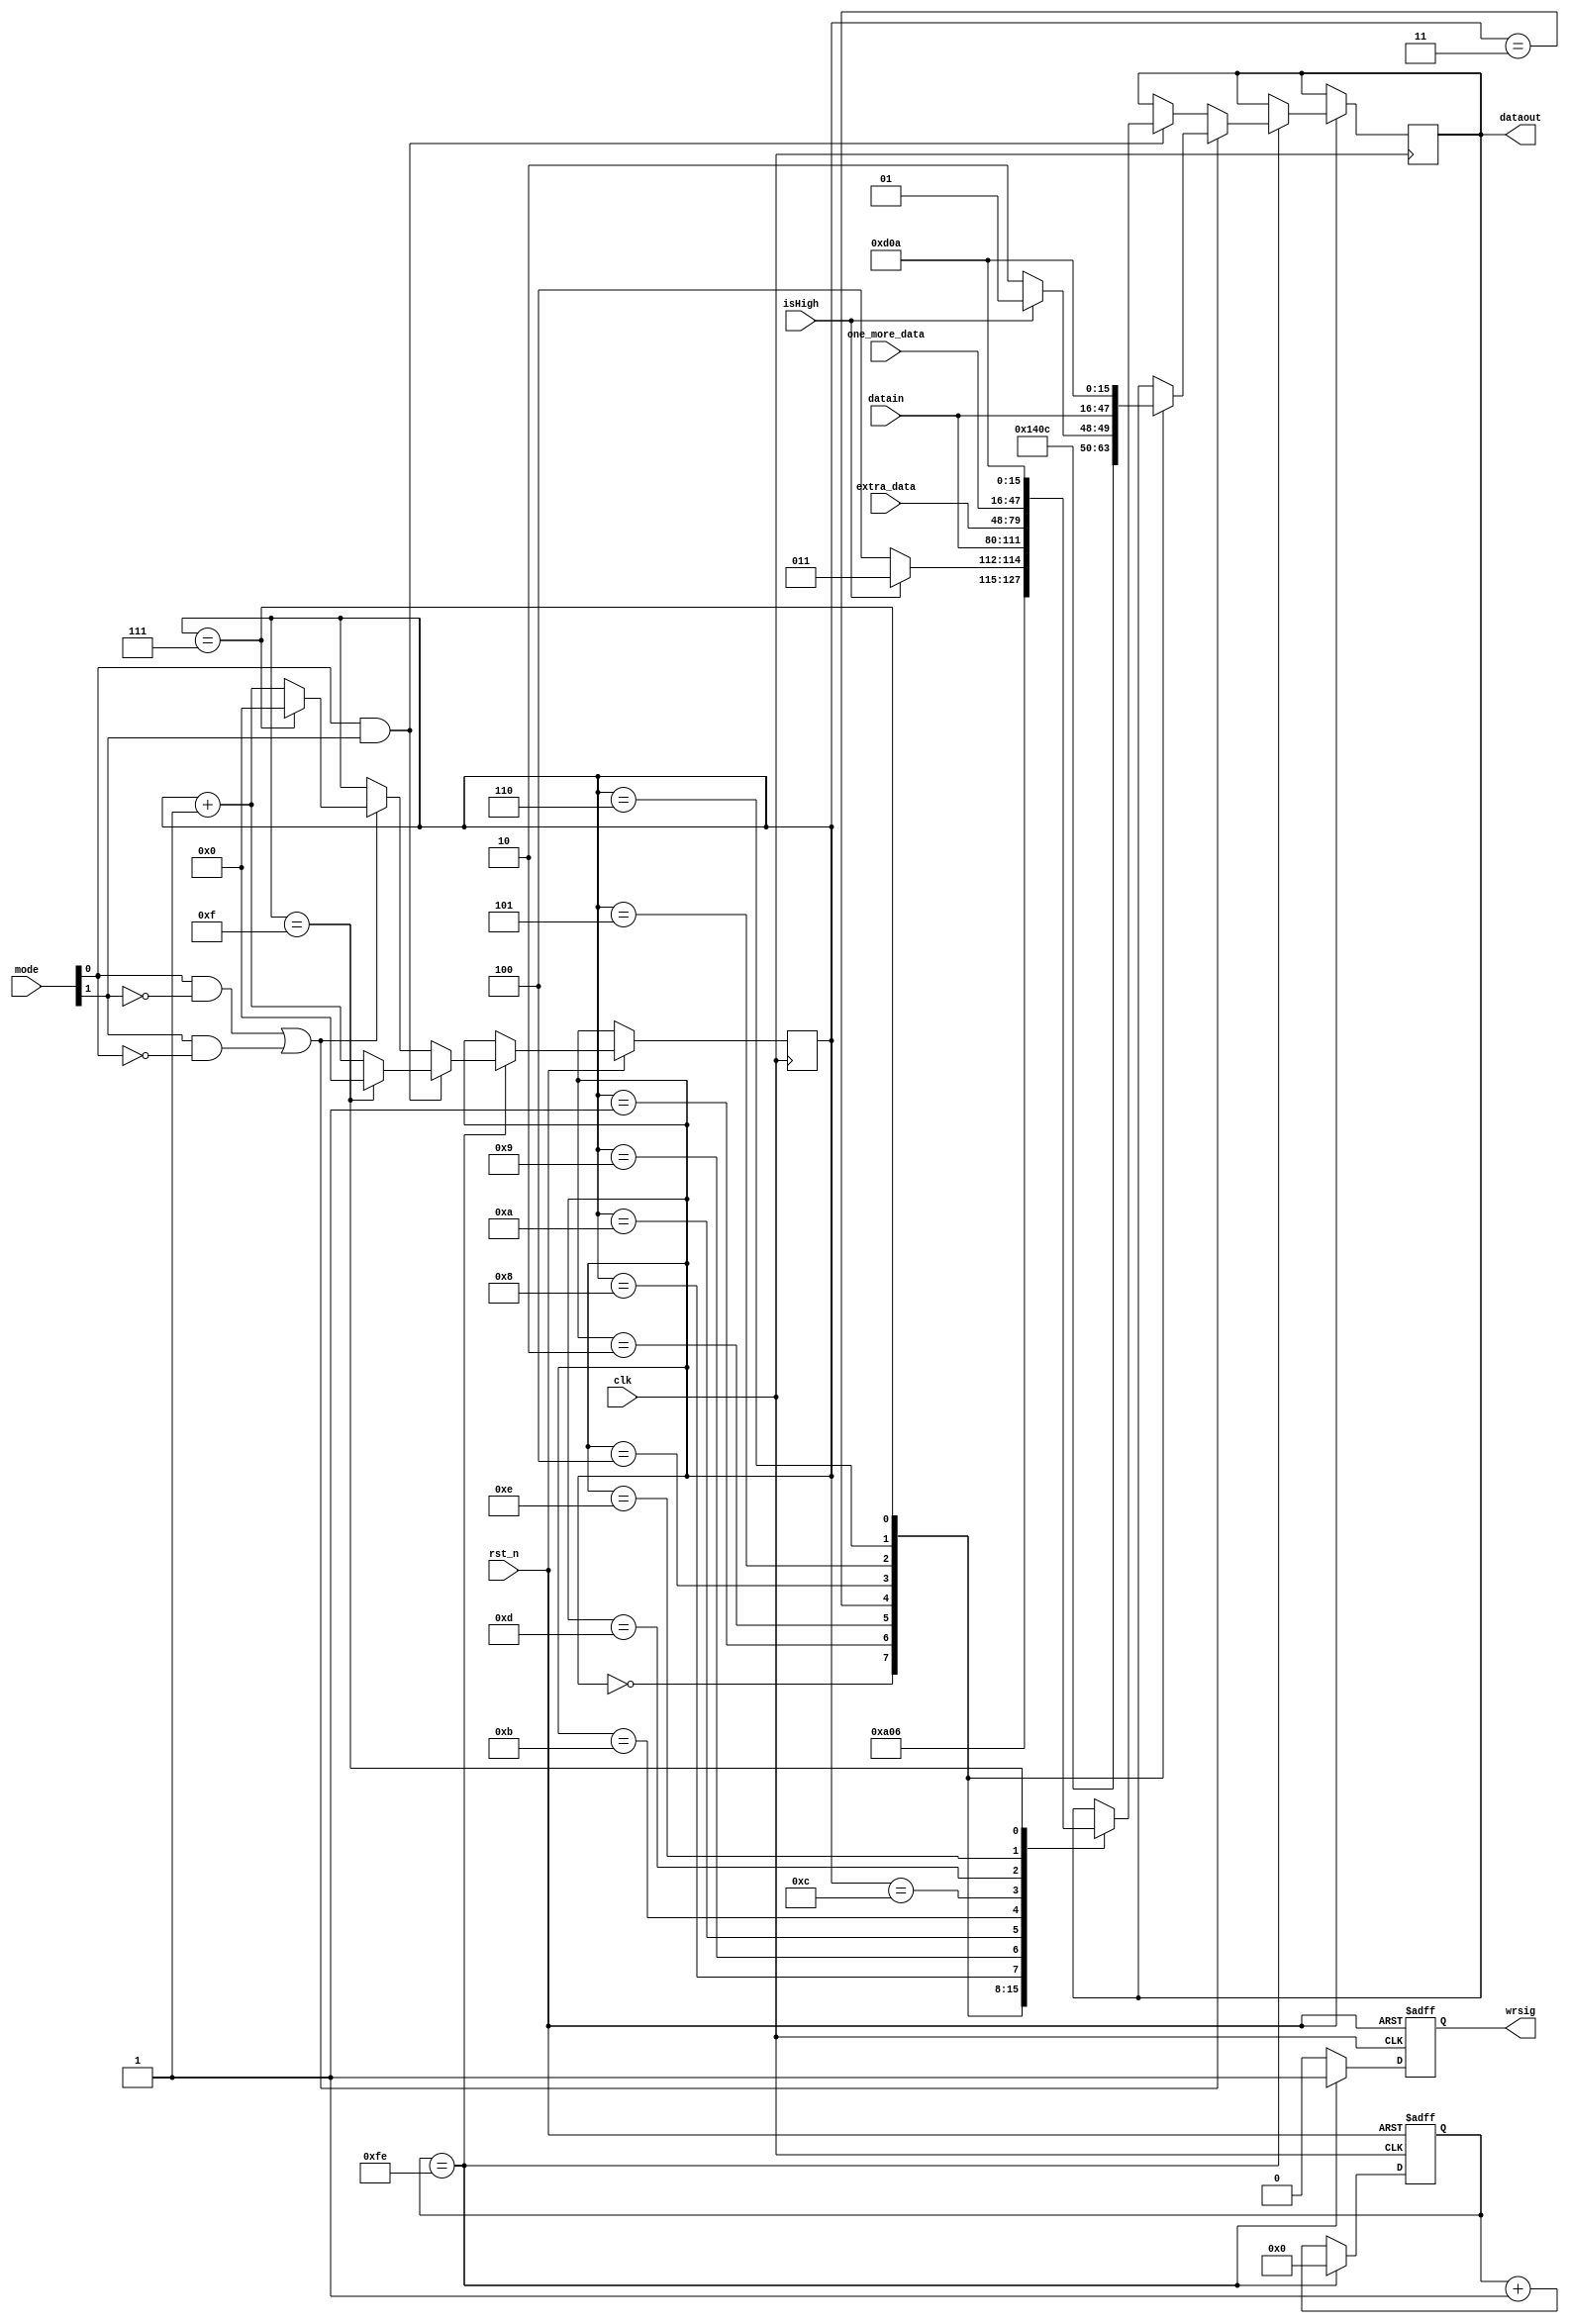
`timescale 1ns / 1ps
/**
 * @brief : modeisHigh
 * 
 * 
 * 		
 * when mode = 2'b10 or 2'b01 : 	
 *   	byte 1 : 'P' 
 * 		byte 2 : '1' or '2' : '1' high_fre '2' low_fre
 * 		byte 3-6 : 32 bit (frequency) inf
 * 		byte 7 : 'd' 
 * 		byte 8 : 'a' 
 *
 * when mode = 2'b11 : 
 *   	byte 1 'P'
 * 		byte 2 '3' or '4' : '3' high_fre '4' low_fre
 * 		byte 3-14 3*32bit info
 * 		byte 15 : 'd'
 * 		byte 16 : 'a'
 *
 *
 */
module testuart(clk, rst_n, mode,datain,extra_data,one_more_data,dataout, wrsig, isHigh);
	input clk;
	input rst_n;
	input isHigh;
	input[1:0] mode;
	input[31:0] datain,one_more_data,extra_data;
	output[7:0] dataout;
	output wrsig;
	reg [7:0] dataout;
	reg wrsig;
	reg [7:0] cnt;
	reg[4:0] state;

	
always @(posedge clk or negedge rst_n) begin
  if(!rst_n) begin
    cnt<=8'd0;
		wrsig<=1'b0;
  end
  
  else begin
	  if(cnt 
	  == 254) begin
		if((mode[0] & ~mode[1])|(mode[1] & ~mode[0]))
			case(state)
				5'd0 : dataout <= 8'd80;	//<'P'
				5'd1 : dataout <= isHigh ? 8'd49 : 8'd50;		//Mode 1\2
				5'd2 : dataout <= datain[31:24];//datain[31:24];
				5'd3 : dataout <= datain[23:16];//datain[23:16];
				5'd4 : dataout <= datain[15:8];
				5'd5 : dataout <= datain[7:0];
				5'd6 : dataout <= 8'd13;	//<'d'
				5'd7 : dataout <= 8'd10;	//<'a'
			endcase
		else if(mode[0] & mode[1])
			case(state)
				5'd0 :  dataout <= 8'd80;	//<'P'
				5'd1 :  dataout <= isHigh ? 8'd51 : 8'd52;		//Mode 3\4
				5'd2 :  dataout <= datain[31:24];//datain[31:24];
				5'd3 :  dataout <= datain[23:16];//datain[23:16];
				5'd4 :  dataout <= datain[15:8];
				5'd5 :  dataout <= datain[7:0];
				5'd6 :  dataout <= extra_data[31:24];	
				5'd7 :  dataout <= extra_data[23:16];
				5'd8 :  dataout <= extra_data[15:8];
				5'd9 :  dataout <= extra_data[7:0];
				5'd10 :  dataout <= one_more_data[31:24];	
				5'd11 :  dataout <= one_more_data[23:16];
				5'd12 :  dataout <= one_more_data[15:8];
				5'd13 :  dataout <= one_more_data[7:0];
				5'd14 : dataout <= 8'd13;	//<'d'
				5'd15 : dataout <= 8'd10;	//<'a'
			endcase
		 wrsig <= 1'b1;              //
		 cnt <= 8'd0;
		 if(mode[0] & mode[1])	state <= (state == 5'd15) ? 5'd0 :  state + 1'b1;
		 else if((mode[0] & ~mode[1])|(mode[1] & ~mode[0])) state <= (state == 5'd7) ? 5'd0 :  state + 1'b1;
		end
		
		else begin
		 wrsig <= 1'b0;
		 cnt <= cnt + 8'd1;
		end
	end	  
end
endmodule


module testuart_test(clk, rst_n,datain,dataout, wrsig);
	input clk;
	input rst_n;
	input[31:0] datain;
	output[7:0] dataout;
	output wrsig;
	reg [7:0] dataout;
	reg wrsig;
	reg [7:0] cnt;
	reg[2:0] state;

	
always @(posedge clk or negedge rst_n) begin
  if(!rst_n) begin
    cnt<=8'd0;
		wrsig<=1'b0;
  end
  
  else begin
	  if(cnt == 254) begin
			case(state)
				3'd0 : dataout <= 8'd80;	//<'P'
				3'd1 : dataout <= 8'd49;		//Mode
				3'd2 : dataout <= datain[31:24];//datain[31:24];
				3'd3 : dataout <= datain[23:16];//datain[23:16];
				3'd4 : dataout <= datain[15:8];
				3'd5 : dataout <= datain[7:0];
				3'd6 : dataout <= 8'd13;	//<'d'
				3'd7 : dataout <= 8'd10;	//<'a'
			endcase
		 wrsig <= 1'b1;              //
		 cnt <= 8'd0;
		 state <= state + 1'b1;
		end
		
		else begin
		 wrsig <= 1'b0;
		 cnt <= cnt + 8'd1;
		end
	end	  
end
endmodule